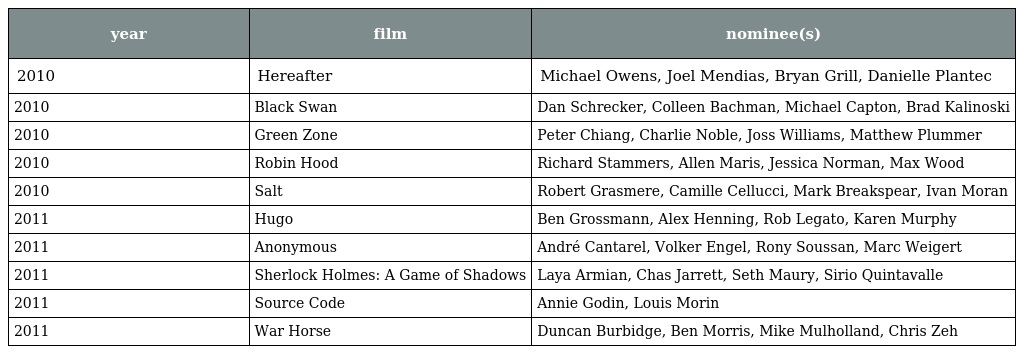
| year | film | nominee(s) |
 | --- | --- | --- |
 | 2010 | Hereafter | Michael Owens, Joel Mendias, Bryan Grill, Danielle Plantec |
 | 2010 | Black Swan | Dan Schrecker, Colleen Bachman, Michael Capton, Brad Kalinoski |
 | 2010 | Green Zone | Peter Chiang, Charlie Noble, Joss Williams, Matthew Plummer |
 | 2010 | Robin Hood | Richard Stammers, Allen Maris, Jessica Norman, Max Wood |
 | 2010 | Salt | Robert Grasmere, Camille Cellucci, Mark Breakspear, Ivan Moran |
 | 2011 | Hugo | Ben Grossmann, Alex Henning, Rob Legato, Karen Murphy |
 | 2011 | Anonymous | André Cantarel, Volker Engel, Rony Soussan, Marc Weigert |
 | 2011 | Sherlock Holmes: A Game of Shadows | Laya Armian, Chas Jarrett, Seth Maury, Sirio Quintavalle |
 | 2011 | Source Code | Annie Godin, Louis Morin |
 | 2011 | War Horse | Duncan Burbidge, Ben Morris, Mike Mulholland, Chris Zeh |